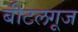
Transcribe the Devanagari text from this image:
बीटलगूज